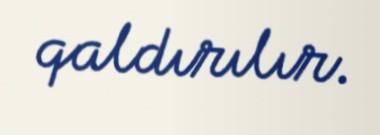
qaldırılır.